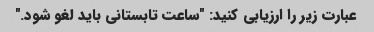
عبارت زیر را ارزیابی کنید: "ساعت تابستانی باید لغو شود."